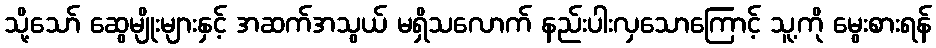
သို့သော် ဆွေမျိုးများနှင့် အဆက်အသွယ် မရှိသလောက် နည်းပါးလှသောကြောင့် သူ့ကို မွေးစားရန်